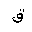
Letter: _qaf